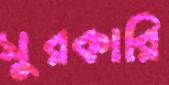
সুরকারি